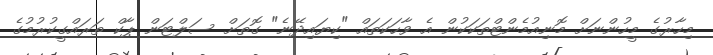
މިހާރުގެ މީހުންނަށް މޮނިއުމެންޓްތަކަކުން އެ ވާހަކަތައް "ކިޔައިދޭނެ" ގޮތަށް ސަލްޓަން ޕާކް ތަރައްގީކުރުމުގެ